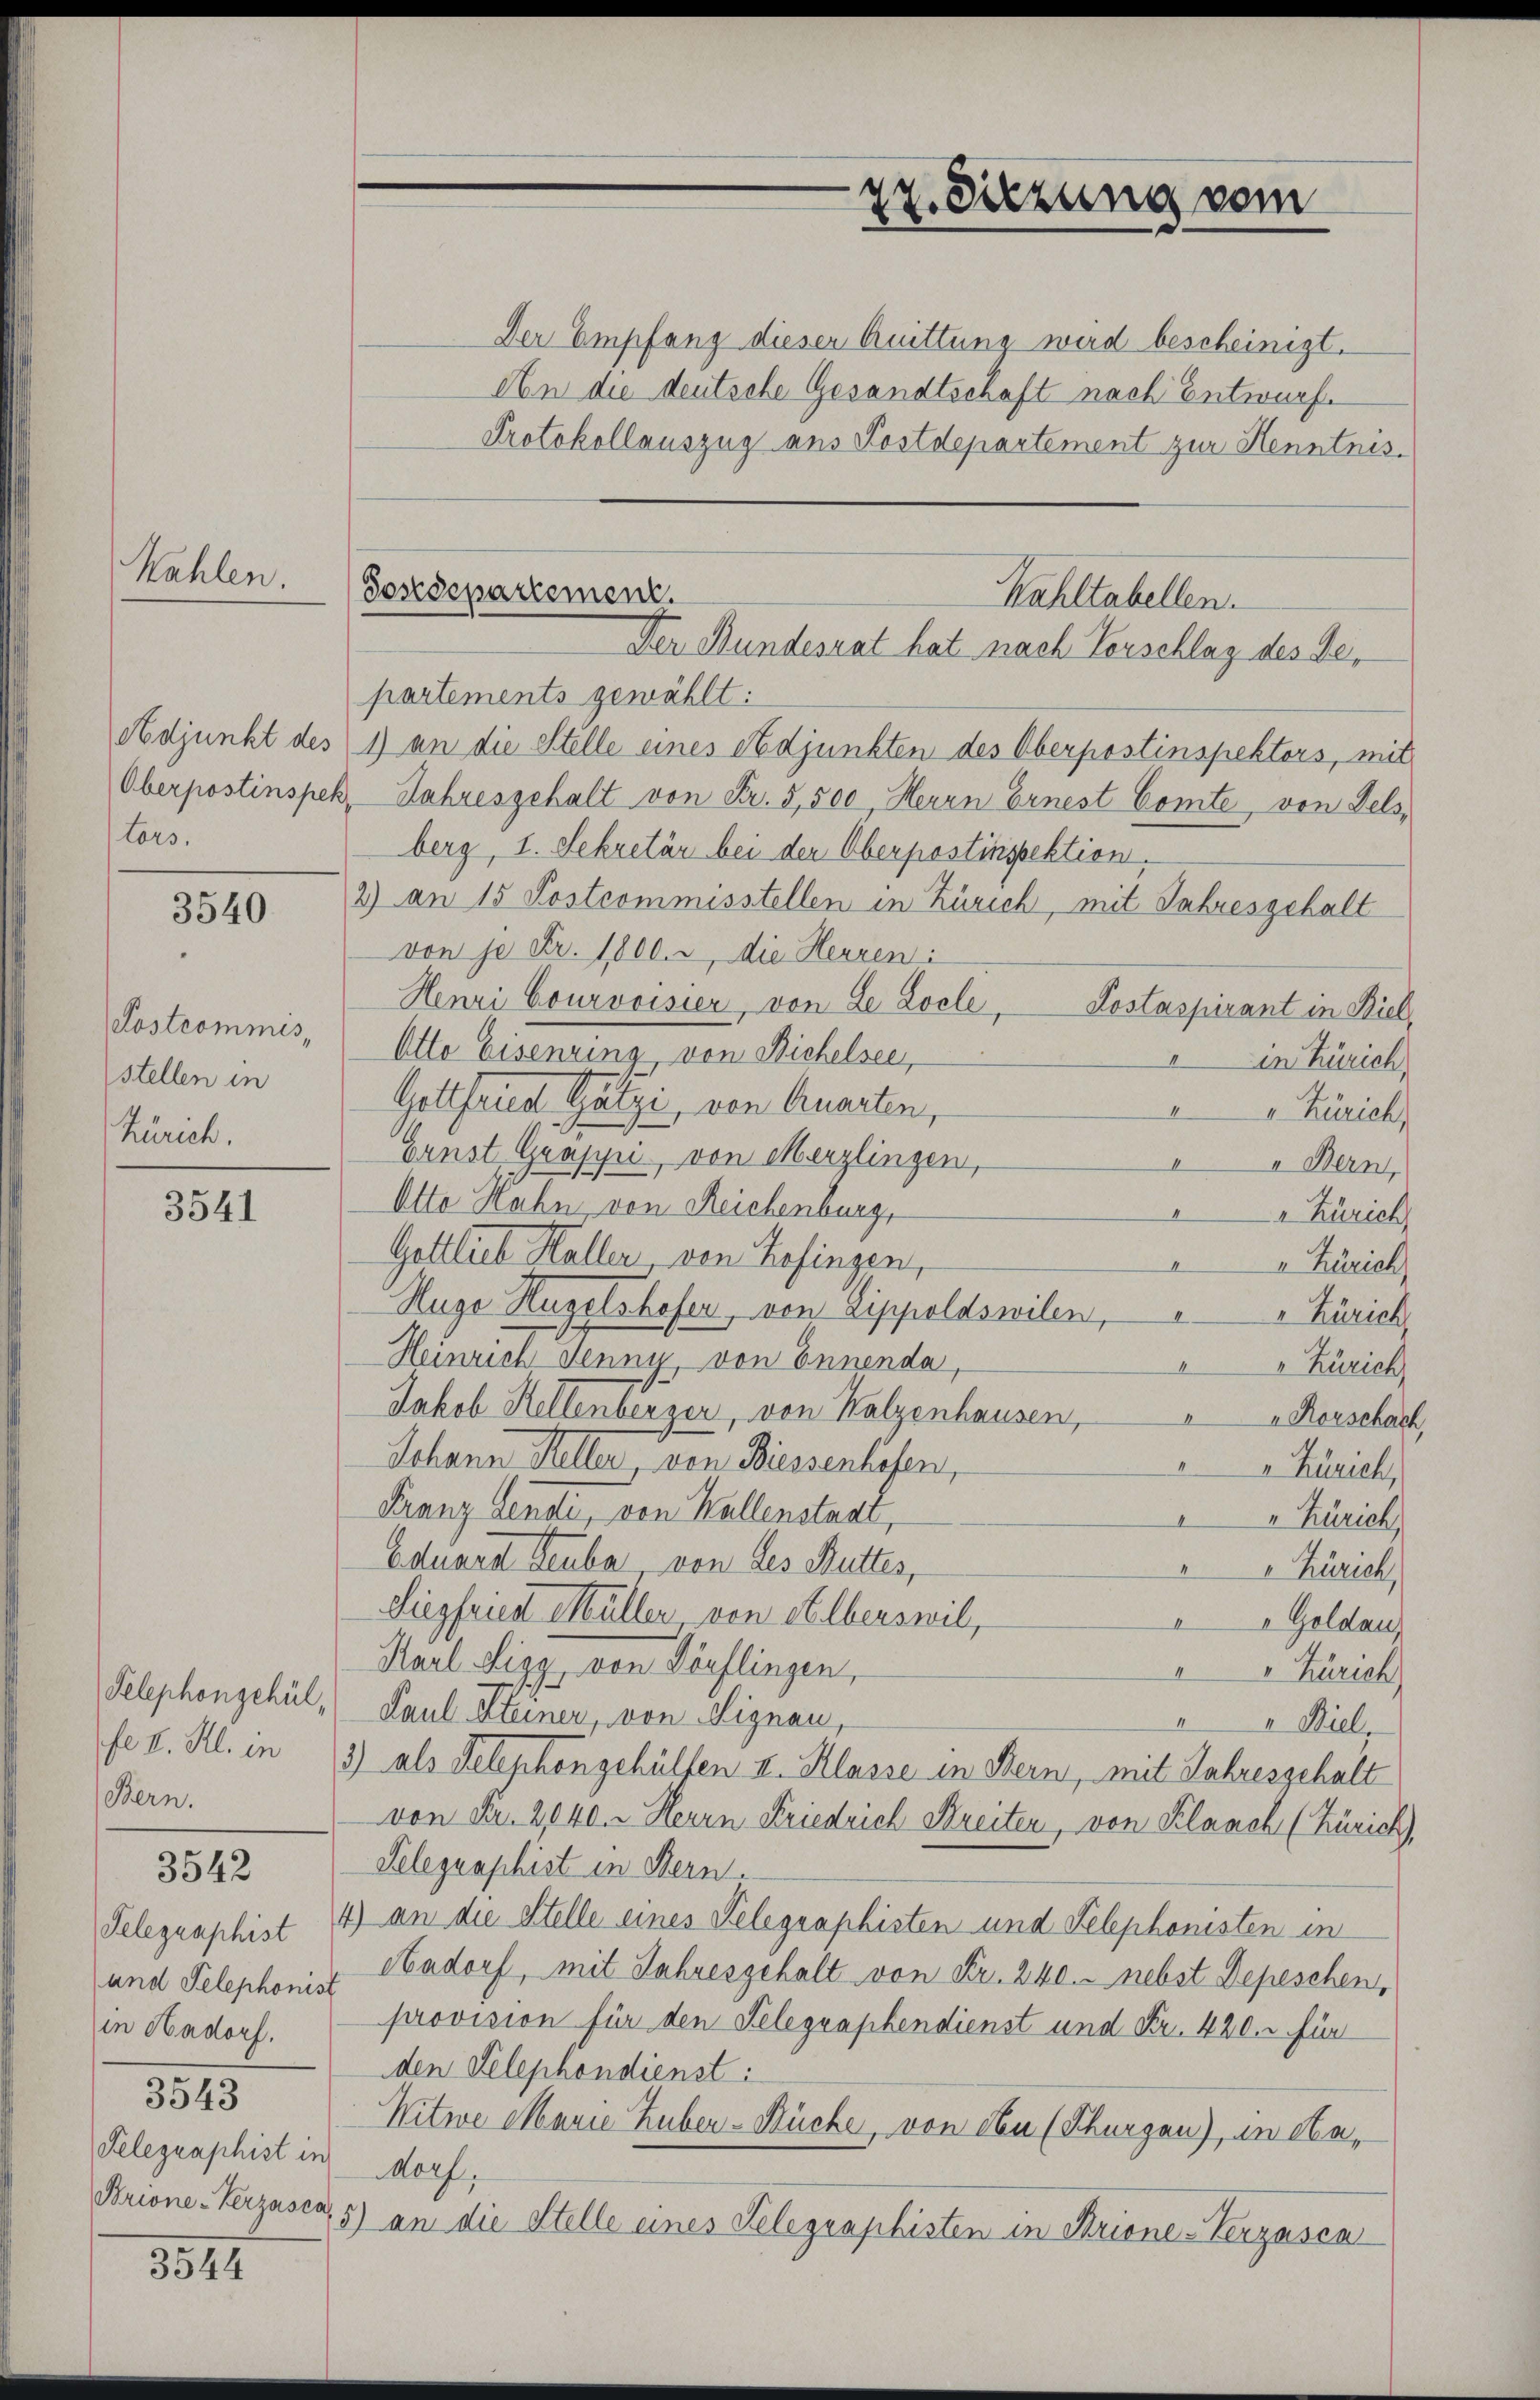
Kahlen.

Lors.

3540

Postcommis,
stellen in
Zürich.

3541

fe I. Kl. in
Bern.

3542

und Telephonist
in Hadorf.
3543
Telegraphist in
Brione-Verzusen,

8847

Der Empfang dieser Quittung wird bescheinigt.
An die deutsche Gesandtschaft nach Entwurfe
Protokollauszug aus Postdepartement zur Henntnispartements gewählt:
Adjunkt des 1) an die Stelle eines Adjunkten des Oberpostinspektors, mit
Oberpostinspek, Jahresgehalt von Fr. 5,500, Herrn Ernest Comte von Fels,
berg, I. Sekretär bei der Oberpostinspektion.
2) an 15 Postcommisstellen in Zürich, mit Jahresgehalt
von je Fr. 1800. a, die Herren i
Henri Courvoisier, von de Locle, Kostaspirant in Biel,
Otto Eisenzing von Bichelsee,
in Zürich,
Gottfried Götzi, von Quarten,
"Zürich
Ernst Grasyri, von Merzlingen,
I
a Bern,
Otto Hahn von Reichenburg,
" Zürich
Gottlich Haller, von Zofingen,
" Zürich
Huge Hügelshofer, von Lippoldswilen,
I
" Zürich
Heinrich Jenne, von Ennenda,
Zürich
Jakob Hellenberger, von Kalzenhausen,
 Rorschach
Johann Keller von Biessenhofen,
" Zürich,
Franz Sendi, von Ballenstaal,
" Zürich,
Eduard Heuber, von des Mutter,
" Zürich,
Siegfried Müller von Alberswil,
Goldau,
Karl Sigg von Dörflingen,
" Zürich
Telephongehül, Paul Kleiner, von Signau,
Miel,
3) als Telephongehülfen II. Klasse in Bern, mit Jahresgehalt
von Fr. 2040. Herrn Friedrich Breiten, von Klaach (Zürich),
Telegraphist in Bern.
Telegraphist 4) an die Stelle eines Telegraphisten und Telephonisten in
Aadorf, mit Jahresgehalt von Fr. 240. - nebst Depeschen,
provision für den Telegraphendienst und Fr. 420. c. für
den Telephondienst:
Witwe Marie Huber-Müche, von den (Thurgau), in Ha¬
Morf,
5) an die Stelle eines Telegraphisten in Brisne-Kerzasca

27. Sitzung vom

Sostdepartement.
Kahltabellen.
Der Bundesrat hat nach Vorschlag des Ge¬